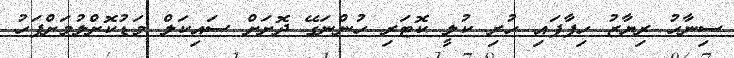
ސިނާހު ރިޔާޒު ހިފާފައި ހުރި ކުލީ ކޮޓަރި ހުންނަގޭ ދޮށަށް ސައިކަލް މަޑުކޮށްލުމަށްފަހު